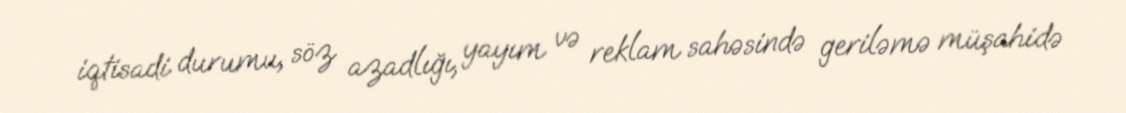
iqtisadi durumu, söz azadlığı, yayım və reklam sahəsində geriləmə müşahidə